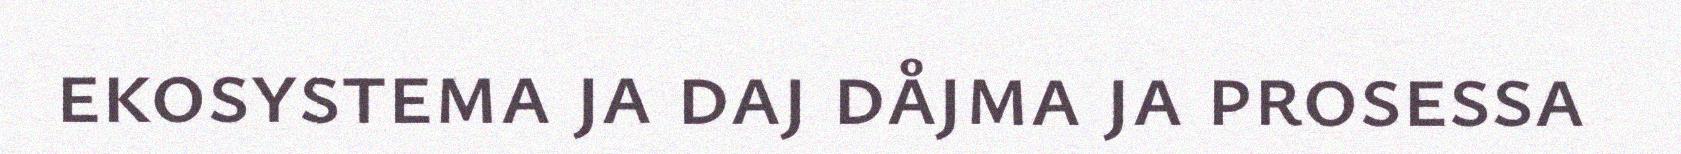
ekosystema ja daj dåjma ja prosessa